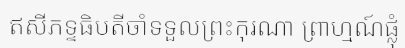
ឥសីភទ្ទធិបតីចាំទទួលព្រះកុរណា ព្រាហ្មណ៍ផ្លុំ